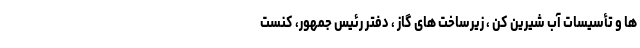
ها و تأسیسات آب شیرین كن ، زیرساخت های گاز ، دفتر رئیس جمهور، کنست